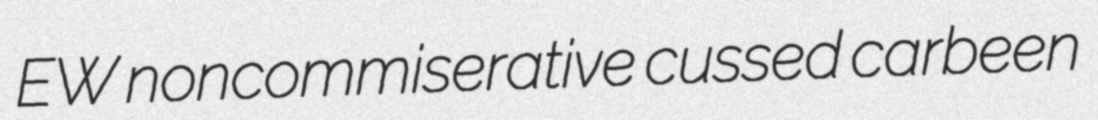
EW noncommiserative cussed carbeen